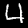
Digit: 4